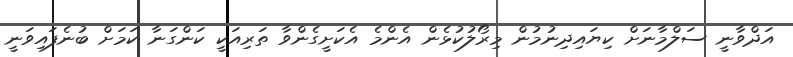
އަދްވާނީ ސަލްމާނަށް ކިޔައިދިނުމުން މިރޯލުކުޅެން އެންމެ އެކަށީގެންވާ ތަރިއަކީ ކަންގަނާ ކަމަށް ބުނެފައިވަނީ